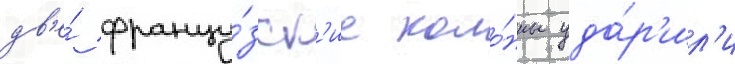
дв'е́ францу́зск'ие коло́нны уда́р'ил'и